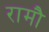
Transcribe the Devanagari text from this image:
रामौ